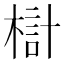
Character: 𣖟